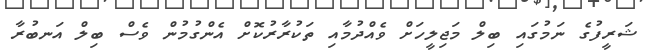
ޝަރީފުގެ ނަމުގައި ބިލް މަޖިލީހަށް ވެއްދުމާއި ތަކުރާރުކޮށް އެންގުމުން ވެސް ބިލް އަނބުރާ